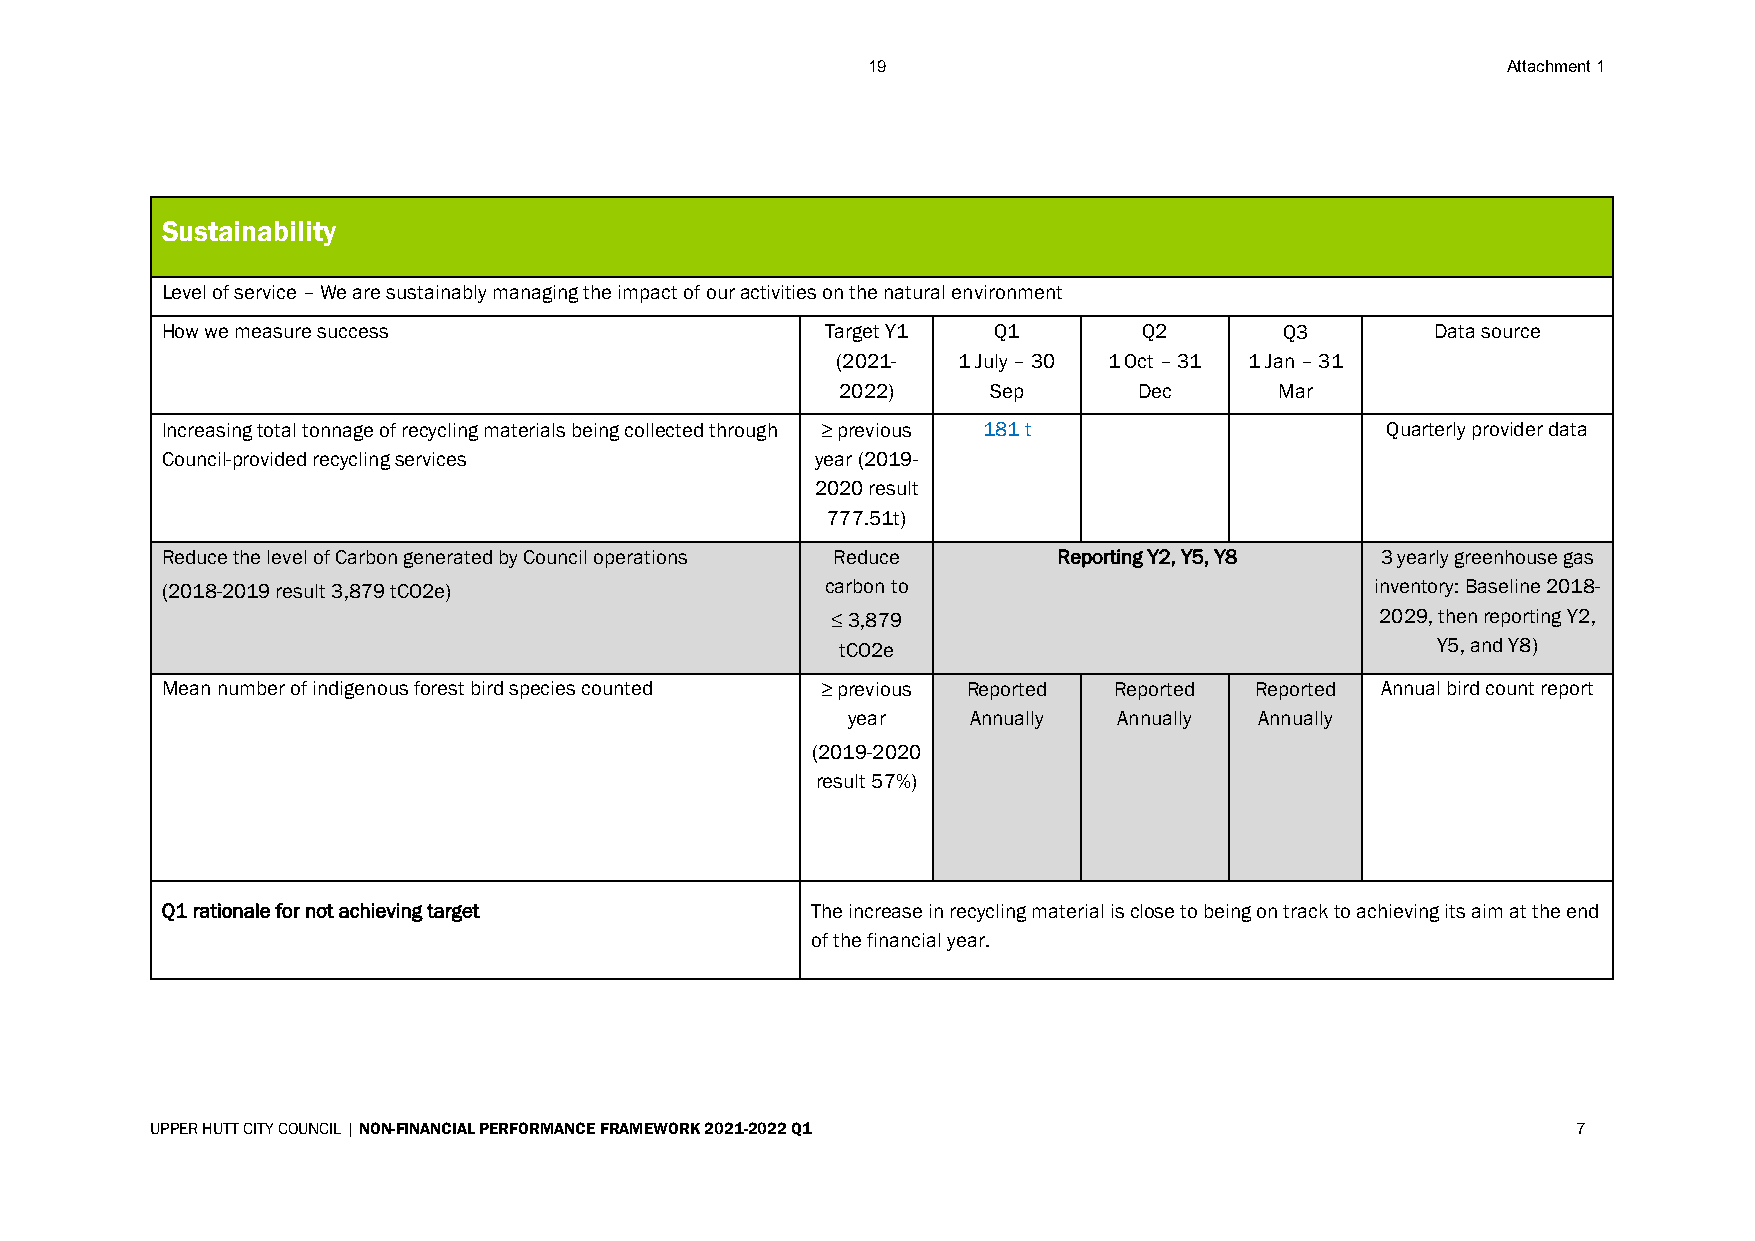
19                                         Attachment 1
 Sustainability
 Level of service – We are sustainably managing the impact of our activities on the natural environment
 How we measure success                      Target Y1  Q1        Q2       Q3        Data source
 (2021-  1 July – 30 1 Oct – 31 1 Jan – 31
 2022)     Sep      Dec       Mar
 Increasing total tonnage of recycling materials being collected through ≥ previous 181 t Quarterly provider data
 Council-provided recycling services        year (2019-
 2020 result
 777.51t)
 Reduce the level of Carbon generated by Council operations Reduce Reporting Y2, Y5, Y8 3 yearly greenhouse gas
 (2018-2019 result 3,879 tCO2e)              carbon to                           inventory: Baseline 2018-
 ≤ 3,879                             2029, then reporting Y2,
 tCO2e                                  Y5, and Y8)
 Mean number of indigenous forest bird species counted ≥ previous Reported Reported Reported Annual bird count report
 year    Annually  Annually Annually
 (2019-2020
 result 57%)
 Q1 rationale for not achieving target      The increase in recycling material is close to being on track to achieving its aim at the end
 of the financial year.
 UPPER HUTT CITY COUNCIL | NON-FINANCIAL PERFORMANCE FRAMEWORK 2021-2022 Q1                    7